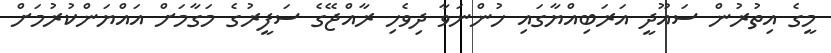
މީގެ އިތުރުން ސައޫދީ އަރަބިއްޔާގައި ހުންނަވާ ދިވެހި ރާއްޖޭގެ ސަފީރުގެ މަގާމަށް އައްޔަންކުރުމަށް